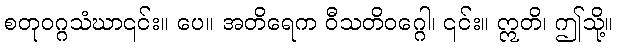
စတုဝဂ္ဂသံဃာ၎င်း။ ပေ။ အတိရေက ဝီသတိဝဂ္ဂေါ၊ ၎င်း။ ဣတိ၊ ဤသို့။